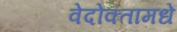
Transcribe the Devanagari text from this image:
वेदोक्तामधे